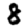
Digit: 8